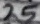
Text: 25